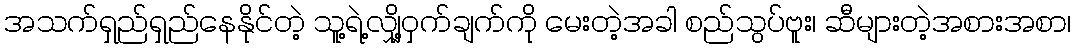
အသက်ရှည်ရှည်နေနိုင်တဲ့ သူ့ရဲ့လျှို့ဝှက်ချက်ကို မေးတဲ့အခါ စည်သွပ်ဗူး၊ ဆီများတဲ့အစားအစာ၊